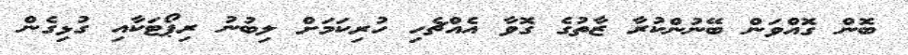
ބޮން ގޮއްވަން ބޭނުންކުރާ ޒާތުގެ ގޮވާ އެއްޗެހި ހުރިކަމަށް ލިބުނު ރިޕޯޓަކާއި ގުޅިގެން